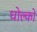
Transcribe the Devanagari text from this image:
घोल्को